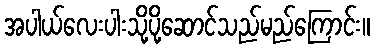
အပါယ်လေးပါးသို့ပို့ဆောင်သည်မည်ကြောင်း။